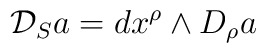
{\cal{ D}}_{S}a= dx^{\rho}\wedge D_{\rho}a